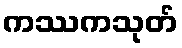
ကဿကသုတ်